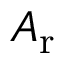
A _ { \mathrm { r } }